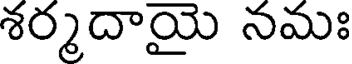
శర్మదాయై నమః